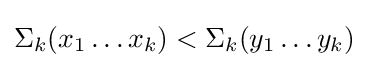
\Sigma _{k}(x_{1}\ldots x_{k})<\Sigma _{k}(y_{1}\ldots y_{k})